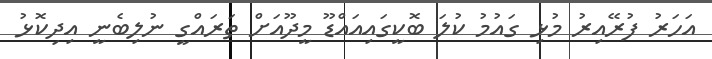
އަހަރު ފުރޭއިރު މުޅި ގައުމު ކުލަ ބޮކީގައިއައްޑޫ މީދޫއަށް ތަރައްގީ ނުލިބެނީ އިދިކޮޅު